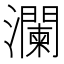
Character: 瀾